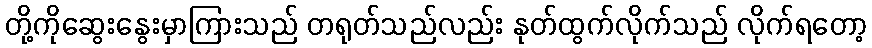
တို့ကိုဆွေးနွေးမှာကြားသည် တရုတ်သည်လည်း နုတ်ထွက်လိုက်သည် လိုက်ရတော့